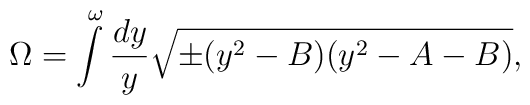
\Omega =  \int\limits_{}^{\omega}{dy \over y} \sqrt{ \pm (y^{2} -B) (y^{2} -A-B)},